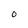
Character: O